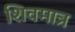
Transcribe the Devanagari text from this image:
शिवमात्र